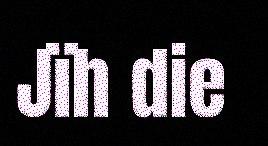
Jïh die